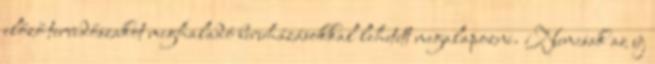
előző tervidőszakot meghaladó beruházásokkal lehetett megalapozni. Nemcsak az új